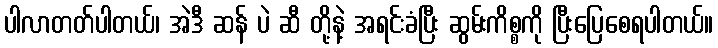
ပါလာတတ်ပါတယ်၊ အဲဒီ ဆန် ပဲ ဆီ တို့နဲ့ အရင်းခံပြီး ဆွမ်းကိစ္စကို ပြီးပြေစေရပါတယ်။